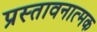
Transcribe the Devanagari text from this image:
प्रस्तावनात्मक